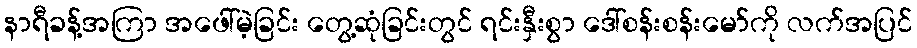
နာရီခန့်အကြာ အဖေါ်မဲ့ခြင်း တွေ့ဆုံခြင်းတွင် ရင်းနှီးစွာ ဒေါ်စန်းစန်းမော်ကို လက်အပြင်